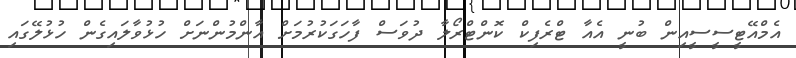
އެމްއޭޓީސީސީއިން ބުނީ އެއާ ޓްރެފިކް ކޮންޓްރޯލާ ދުވަސް ފާހަގަކުރުމަށް އާންމުންނަށް ހުޅުވާލައިގެން ހުޅުލޭގައި